Statistical return of the lunatic asylum in Assam - 1912-1932
Year: 1912
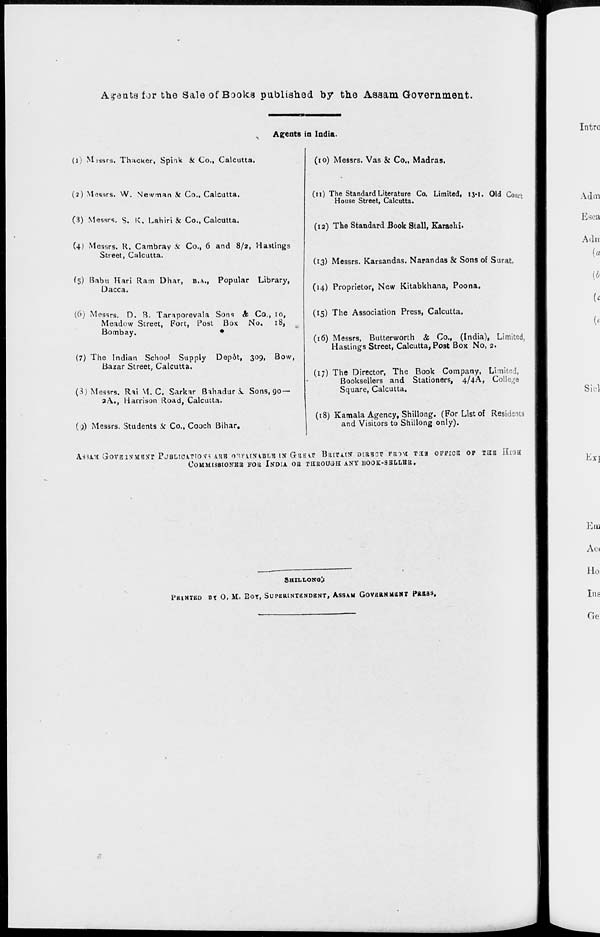
Amenta for the Sale of Books published by the Assam Government.
Agents in India.
(l) M:asrs. Thacker, Spink k Co., Calcutta.
(2) Messrs. W. Newman & Co., Calcutta.
(3) Messrs. S. K. Lahiri & Co., Calcutta.
(4) Messrs. R. Cambray & Co., 6 and 8/2, Hastings
Street, Calcutta.
(5) Babu Hari Ram Dhar, B.A., Popular Library,
Dacca.
(6) Messrs. D. R. Taraporevala Sons & Co., 10,
Meadow Street, Fort, Post Box No.
18,
Bombay.
•
(7) The Indian School Supply Dep&t, 309, Bow,
Bazar Street, Calcutta.
(3) Messrs. Rai M. C. Sarkar Bahadur^ Sons, 90-
2A., Harrison Road, Calcutta.
(;) Messrs. Students Sc Co., Cooch Bihar.
(10) Messrs. Vas & Co., Madras.
(11) The Standard Literature Co. Limited, 13-1. Old Couct
House Street, Calcutta.
(12) The Standard Book Stall, Karaoiii.
(13) Messrs. Karsandas. Narandas & Sons of Surat
(14) Proprietor, New Kitabkhana, Poona.
(15) The Association Press, Calcutta.
(16) Messrs, Butterworth & Co., (India), Limited,
Hastings Street, Calcutta, Post Box No, 2.
(17) The Director, The Book Company, Limited,
Booksellers and Stationers, 4/4A, College
Square, Calcutta.
(18) Kamala Agency, Shillong. (For List of Residents
and Visitors to Shillong only).
ASUH GrOVBlSMHjrr PjBLlCATTO SM A.RB mviISlBliH 1ST Gil IT IT BtttTAtJT DIBH3T FROM V3.3 OFFICE OF TUg IlmB
OOMMISBIONEB FOB INDIA OB THROUGH ANY BOOK-SBLTiBB.
SaiLLONo!:
PRINTED BI O. M. Eor, SUPERINTENDENT, ASSAM GOVERNMENT PR13S.